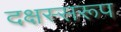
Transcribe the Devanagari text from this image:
दक्षस्सरूप